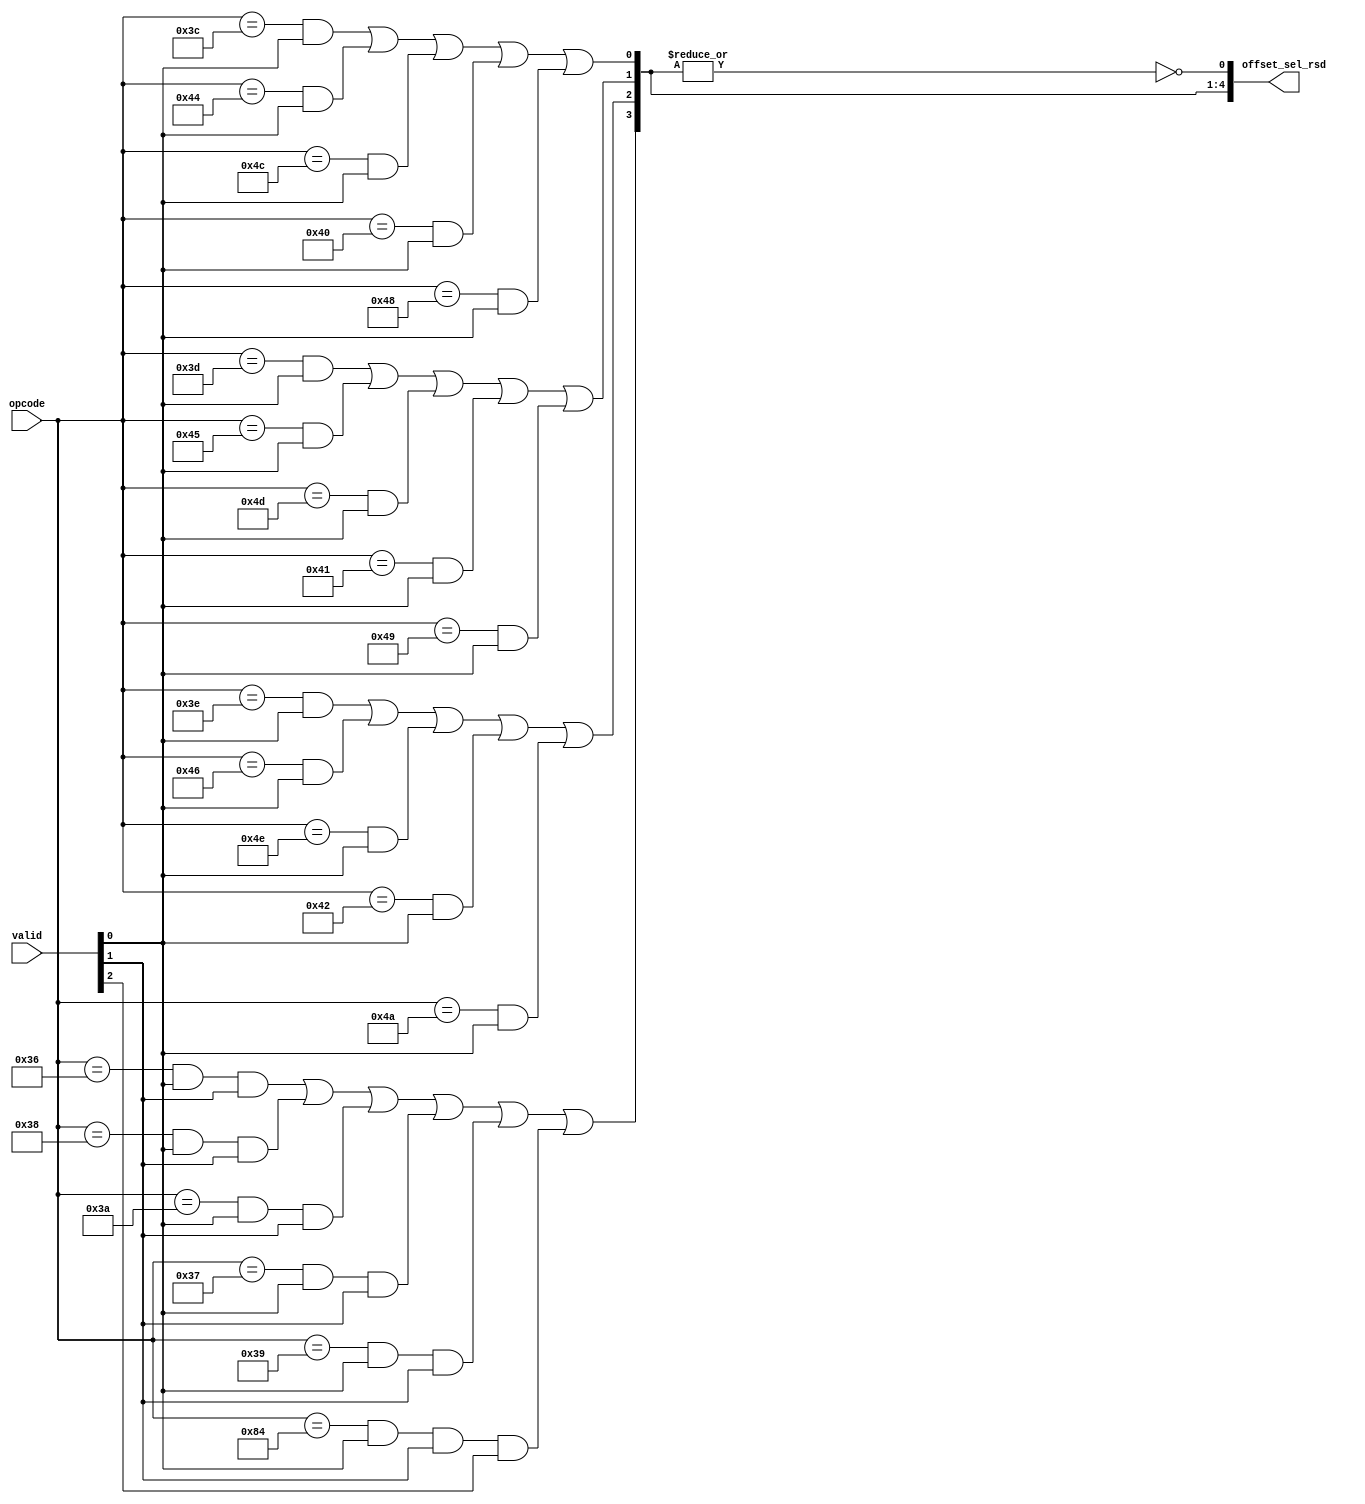
/****************************************************************
 ---------------------------------------------------------------
     Copyright 1999 Sun Microsystems, Inc., 901 San Antonio
     Road, Palo Alto, CA 94303, U.S.A.  All Rights Reserved.
     The contents of this file are subject to the current
     version of the Sun Community Source License, picoJava-II
     Core ("the License").  You may not use this file except
     in compliance with the License.  You may obtain a copy
     of the License by searching for "Sun Community Source
     License" on the World Wide Web at http://www.sun.com.
     See the License for the rights, obligations, and
     limitations governing use of the contents of this file.

     Sun, Sun Microsystems, the Sun logo, and all Sun-based
     trademarks and logos, Java, picoJava, and all Java-based
     trademarks and logos are trademarks or registered trademarks 
     of Sun Microsystems, Inc. in the United States and other
     countries.
 ----------------------------------------------------------------
******************************************************************/

module rsd_dec (

	opcode,
	valid,
	offset_sel_rsd
);

input	[7:0]	opcode;
input	[2:0]	valid;
output	[4:0]	offset_sel_rsd;


// offset_sel_rsd[0] =  Select 0 as the offset; 
// offset_sel_rsd[1] =  Select 1 as the offset;
// offset_sel_rsd[2] =  Select 2 as the offset;
// offset_sel_rsd[3] =  Select 3 as the offset;
// offset_sel_rsd[4] =  Select nxt_byte as the offset;

wire	istore_1, istore_2, istore_3;
wire	fstore_1, fstore_2, fstore_3;
wire	astore_1, astore_2, astore_3;
wire	lstore_1, lstore_2, lstore_3;
wire	dstore_1, dstore_2, dstore_3;
wire	istore, fstore, astore, dstore, lstore;
wire	iinc;


assign	istore_1 = (opcode[7:0] == 8'h3c) & valid[0];
assign	istore_2 = (opcode[7:0] == 8'h3d) & valid[0];
assign	istore_3 = (opcode[7:0] == 8'h3e) & valid[0];

assign	fstore_1 = (opcode[7:0] == 8'h44) & valid[0];
assign	fstore_2 = (opcode[7:0] == 8'h45) & valid[0];
assign	fstore_3 = (opcode[7:0] == 8'h46) & valid[0];

assign	lstore_1 = (opcode[7:0] == 8'h40) & valid[0];
assign	lstore_2 = (opcode[7:0] == 8'h41) & valid[0];
assign	lstore_3 = (opcode[7:0] == 8'h42) & valid[0];

assign	dstore_1 = (opcode[7:0] == 8'h48) & valid[0];
assign	dstore_2 = (opcode[7:0] == 8'h49) & valid[0];
assign	dstore_3 = (opcode[7:0] == 8'h4a) & valid[0];

assign	astore_1 = (opcode[7:0] == 8'h4c) & valid[0];
assign	astore_2 = (opcode[7:0] == 8'h4d) & valid[0];
assign	astore_3 = (opcode[7:0] == 8'h4e) & valid[0];

assign	istore  = (opcode[7:0] == 8'h36) & valid[0] & valid[1];
assign	fstore  = (opcode[7:0] == 8'h38) & valid[0] & valid[1];
assign	astore  = (opcode[7:0] == 8'h3a) & valid[0] & valid[1];
assign	dstore  = (opcode[7:0] == 8'h39) & valid[0] & valid[1];
assign	lstore  = (opcode[7:0] == 8'h37) & valid[0] & valid[1];

assign	iinc	= (opcode[7:0] == 8'h84) & valid[0] & valid[1] & valid[2];

assign	offset_sel_rsd[1] =  istore_1 | fstore_1 | astore_1 | lstore_1 | dstore_1;
assign	offset_sel_rsd[2] =  istore_2 | fstore_2 | astore_2 | lstore_2 | dstore_2;
assign	offset_sel_rsd[3] =  istore_3 | fstore_3 | astore_3 | lstore_3 | dstore_3;
assign	offset_sel_rsd[4] =  istore | fstore | astore | lstore | dstore | iinc;
assign	offset_sel_rsd[0] = !(|offset_sel_rsd[4:1]);

endmodule